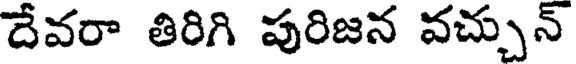
దేవరా తిరిగి పురిజన వచ్చున్